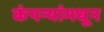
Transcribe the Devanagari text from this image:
कंपन्यांमधून